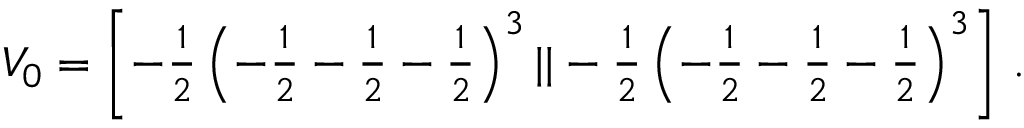
V _ { 0 } = \textstyle { \left[ - { \frac { 1 } { 2 } } \left( - { \frac { 1 } { 2 } } - { \frac { 1 } { 2 } } - { \frac { 1 } { 2 } } \right) ^ { 3 } | | - { \frac { 1 } { 2 } } \left( - { \frac { 1 } { 2 } } - { \frac { 1 } { 2 } } - { \frac { 1 } { 2 } } \right) ^ { 3 } \right] } ~ .